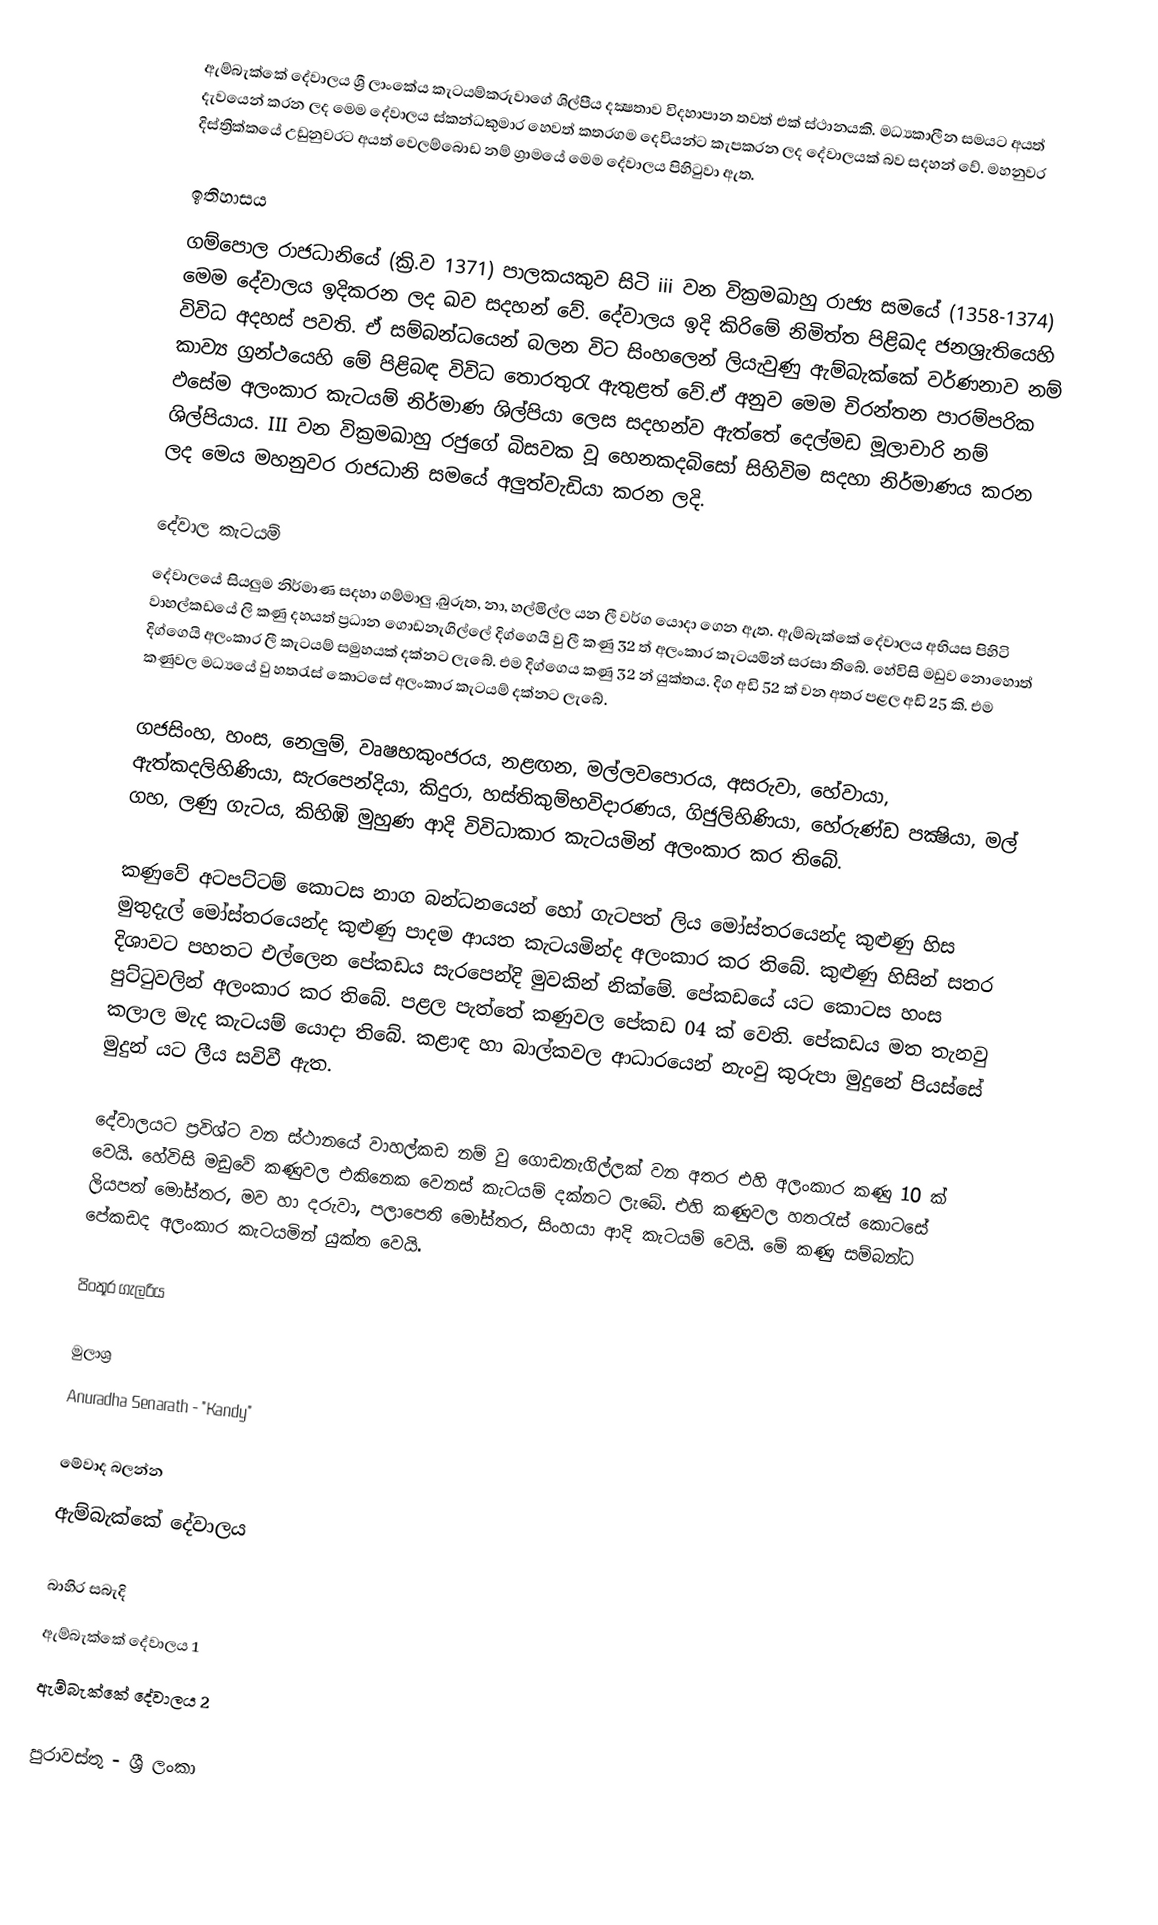
ඇම්බැක්කේ දේවාලය ශ්‍රී ලාංකේය කැටයම්කරුවාගේ ශිල්පීය දක්‍ෂතාව විදහාපාන තවත් එක් ස්ථානයකි. මධ්‍යකාලීන සමයට අයත් දැවයෙන් කරන ලද මෙම දේවාලය ස්කන්ධකුමාර හෙවත් කතරගම දෙවියන්ට කැපකරන ලද දේවාලයක් බව සදහන් වේ. මහනුවර දිස්ත්‍රික්කයේ උඩුනුවරට අයත් වෙලම්බොඩ නම් ග්‍රාමයේ මෙම දේවාලය පිහිටුවා ඇත.

ඉතිහාසය
ගම්පොල රාජධානියේ (ක්‍රි.ව 1371) පාලකයකුව සිටි iii වන වික්‍රමඛාහු රාජ්‍ය සමයේ (1358-1374) මෙම දේවාලය ඉදිකරන ලද ඛව සදහන් වේ. දේවාලය ඉදි කිරිමේ නිමිත්ත පිළිඛද ජනශ්‍රැතියෙහි විවිධ අදහස් පවති. ඒ සම්බන්ධයෙන් බලන විට සිංහලෙන් ලියැවුණු ඇම්බැක්කේ වර්ණනාව නම් කාව්‍ය ග්‍රන්ථයෙහි මේ පිළිබඳ විවිධ තොරතුරැ ඇතුළත් වේ.ඒ අනුව මෙම චිරන්තන පාරම්පරික ඵසේම අලංකාර කැටයම් නිර්මාණ ශිල්පියා ලෙස සදහන්ව ඇත්තේ දෙල්මඩ මූලාචාරි නම් ශිල්පියාය. III වන වික්‍රමඛාහු රජුගේ බිසවක වූ හෙනකදබිසෝ සිහිවිම සදහා නිර්මාණය කරන ලද මෙය මහනුවර රාජධානි සමයේ අලුත්වැඩියා කරන ලදි.

දේවාල කැටයම්
දේවාලයේ සියලුම නිර්මාණ සදහා ගම්මාලු ,බුරුත, නා, හල්මිල්ල යන ලී වර්ග යොදා ගෙන ඇත. ඇම්බැක්කේ දේවාලය අභියස පිහිටි වාහල්කඩයේ ලි කණු දහයත් ප්‍රධාන ගොඩනැගිල්ලේ දිග්ගෙයි වු ලී කණු 32 ත් අලංකාර කැටයමින් සරසා තිබේ. හේවිසි මඩුව නොහොත් දිග්ගෙයි අලංකාර ලී කැටයම් සමුහයක් දක්නට ලැබේ. එම දිග්ගෙය කණු 32 න් යුක්තය. දිග අඩි 52 ක් වන අතර පළල අඩි 25 කි. එම කණුවල මධ්‍යයේ වු හතරැස් කොටසේ අලංකාර කැටයම් දක්නට ලැබේ.

ගජසිංහ, හංස, නෙලුම්, වෘෂභකුංජරය, නළඟන, මල්ලවපොරය, අසරුවා, හේවායා, ඇත්කදලිහිණියා, සැරපෙන්දියා, කිදුරා, හස්තිකුම්භවිදාරණය, ගිජුලිහිණියා, හේරුණ්ඩ පක්‍ෂියා, මල් ගහ, ලණු ගැටය, කිහිඹි මුහුණ ආදි විවිධාකාර කැටයමින් අලංකාර කර තිබේ.

කණුවේ අටපට්ටම් කොටස නාග බන්ධනයෙන් ‍හෝ ගැටපත් ලිය මෝස්තරයෙන්ද කුළුණු හිස මුතුදැල් මෝස්තරයෙන්ද කුළුණු පාදම ආයත කැටයමින්ද අලංකාර කර තිබේ. කුළුණු හිසින් සතර දිශාවට පහතට එල්ලෙන පේකඩය සැරපෙන්දි මුවකින් නික්මේ. පේකඩයේ යට කොටස හංස පුට්ටුවලින් අලංකාර කර තිබේ. පළල පැත්තේ කණුවල පේකඩ 04 ක් වෙති. පේකඩය මත තැනවු කලාල මැද කැටයම් යොදා තිබේ. කළාඳ හා බාල්කවල ආධාරයෙන් නැංවු කුරුපා මුදුනේ පියස්සේ මුදුන් යට ලීය සවිවී ඇත.

දේවාලයට ප්‍රවිශ්ට වන ස්ථානයේ වාහල්කඩ නම් වු ගොඩනැගිල්ලක් වන අතර එහි අලංකාර කණු 10 ක් වෙයි. හේවිසි මඩුවේ කණුවල එකිනෙක වෙනස් කැටයම් දක්නට ලැබේ. එහි කණුවල හතරැස් කොටසේ ලියපත් මෝස්තර, මව හා දරුවා, පලා‍පෙති මෝස්තර, සිංහයා ආදි කැටයම් වෙයි. මේ කණු සම්බන්ධ පේකඩද අලංකාර කැටයමින් යුක්ත වෙයි.

පිංතූර ගැලරිය

මුලාශ්‍ර
Anuradha Senarath - "Kandy"

මේවාද බලන්න
ඇම්බැක්කේ දේවාලය

බාහිර සබැදි
ඇම්බැක්කේ දේවාලය 1
ඇම්බැක්කේ දේවාලය 2

පුරාවස්තු - ශ්‍රී ලංකා